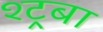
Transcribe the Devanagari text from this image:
श्ट्रबा